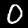
Digit: 0